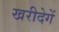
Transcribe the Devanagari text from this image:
खरीदेगें